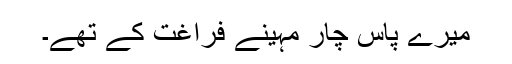
میرے پاس چار مہینے فراغت کے تھے۔